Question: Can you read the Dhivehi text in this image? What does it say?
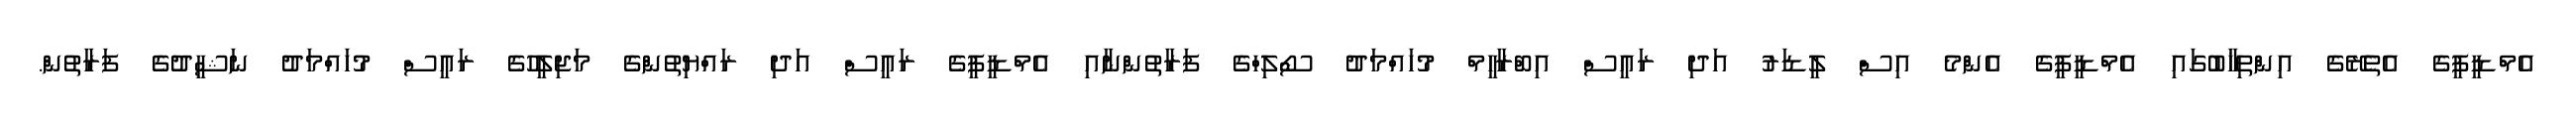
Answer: އެމްޑީޕީގެ އެތެރޭގެ އިންތިޚާބުގައި އެމްޑީޕީގެ އެންމެ އިސް ލީޑަރު އަދި ރައީސް އިބްރާހީމް މުހައްމަދު ސޯލިހްގެ ފަރާތުންނާއި އެމްޑީޕީގެ ރައީސް އަދި ރައްޔިތުންގެ މަޖިލީހުގެ ރައީސް މުހައްމަދު ނަޝީދުގެ ފަރާތުން.